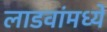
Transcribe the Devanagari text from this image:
लाडवांमध्ये